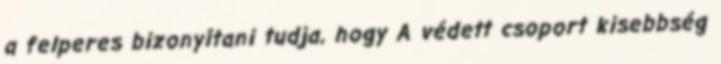
a felperes bizonyítani tudja, hogy A védett csoport kisebbség